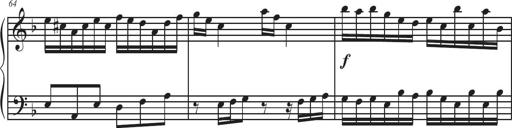
Title: Sonatina Espania
Composer: Jerald Franklin Archer
Key: Various